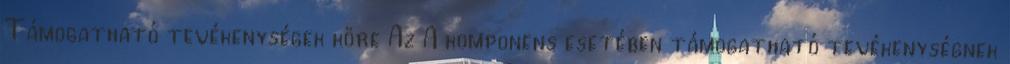
Támogatható tevékenységek köre Az A komponens esetében támogatható tevékenységnek